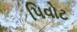
પિવોટ